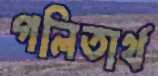
গলিতার্থ